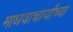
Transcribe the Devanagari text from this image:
माधवाचार्यांच्या